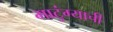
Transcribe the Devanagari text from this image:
माटुंग्याची